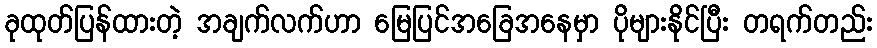
ခုထုတ်ပြန်ထားတဲ့ အချက်လက်ဟာ မြေပြင်အခြေအနေမှာ ပိုများနိုင်ပြီး တရက်တည်း